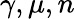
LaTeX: \gamma,\mu,n